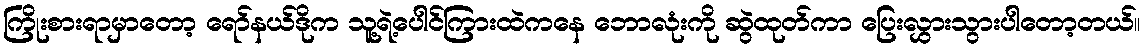
ကြိုးစားရာမှာတော့ ရော်နယ်ဒိုက သူ့ရဲ့ပေါင်ကြားထဲကနေ ဘောလုံးကို ဆွဲထုတ်ကာ ပြေးလွှားသွားပါတော့တယ်။